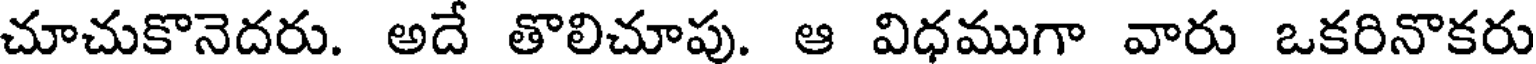
చూచుకొనెదరు. అదే తొలిచూపు. ఆ విధముగా వారు ఒకరినొకరు